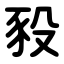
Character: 豛